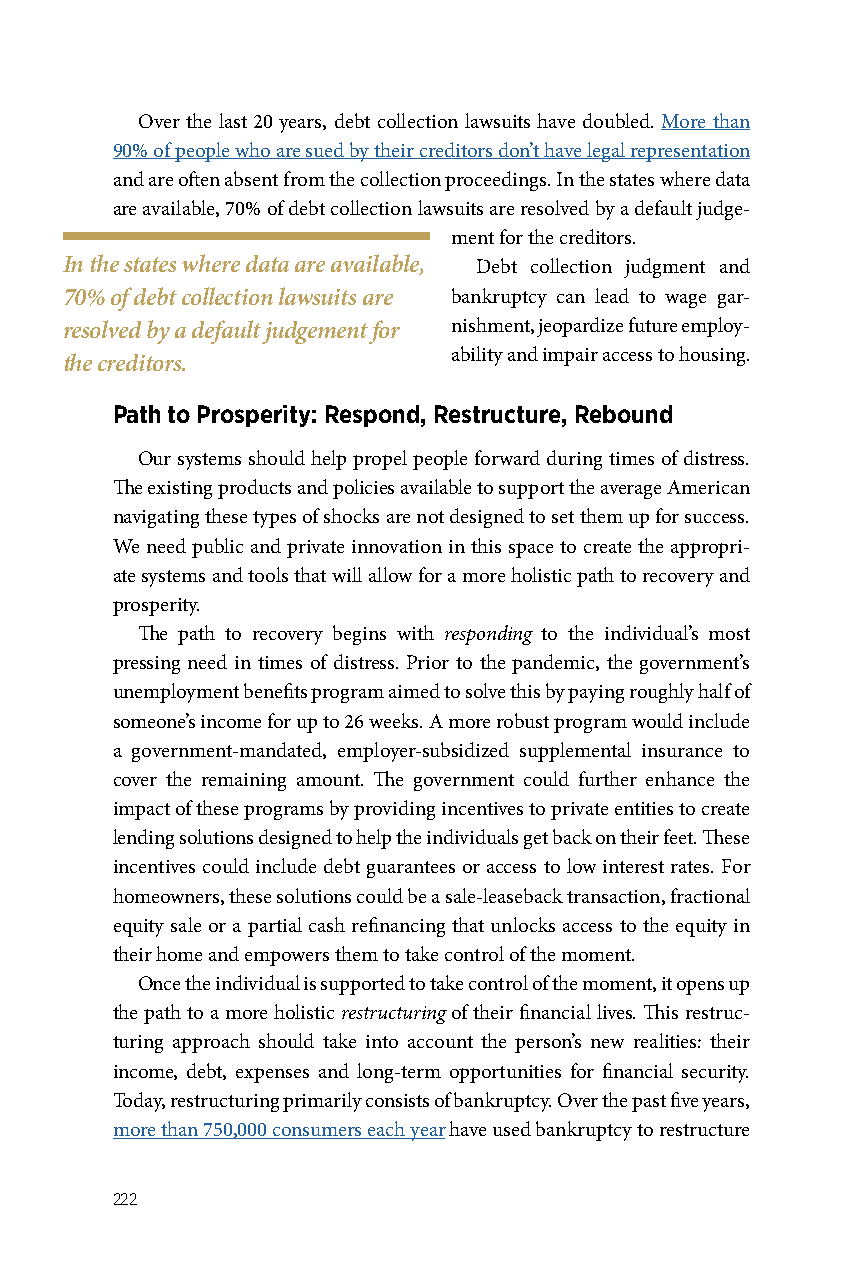
Over the last 20 years, debt collection lawsuits have doubled. More than
 90% of people who are sued by their creditors don’t have legal representation
 and are often absent from the collection proceedings. In the states where data
 are available, 70% of debt collection lawsuits are resolved by a default judge-
 ment for the creditors.
 In the states where data are available, Debt collection judgment and
 70% of debt collection lawsuits are bankruptcy can lead to wage gar-
 resolved by a default judgement for nishment, jeopardize future employ-
 ability and impair access to housing.
 the creditors.
 Path to Prosperity: Respond, Restructure, Rebound
 Our systems should help propel people forward during times of distress.
 The existing products and policies available to support the average American
 navigating these types of shocks are not designed to set them up for success.
 We need public and private innovation in this space to create the appropri-
 ate systems and tools that will allow for a more holistic path to recovery and
 prosperity.
 The path to recovery begins with responding to the individual’s most
 pressing need in times of distress. Prior to the pandemic, the government’s
 unemployment benefits program aimed to solve this by paying roughly half of
 someone’s income for up to 26 weeks. A more robust program would include
 a government-mandated, employer-subsidized supplemental insurance to
 cover the remaining amount. The government could further enhance the
 impact of these programs by providing incentives to private entities to create
 lending solutions designed to help the individuals get back on their feet. These
 incentives could include debt guarantees or access to low interest rates. For
 homeowners, these solutions could be a sale-leaseback transaction, fractional
 equity sale or a partial cash refinancing that unlocks access to the equity in
 their home and empowers them to take control of the moment.
 Once the individual is supported to take control of the moment, it opens up
 the path to a more holistic restructuring of their financial lives. This restruc-
 turing approach should take into account the person’s new realities: their
 income, debt, expenses and long-term opportunities for financial security.
 Today, restructuring primarily consists of bankruptcy. Over the past five years,
 more than 750,000 consumers each year have used bankruptcy to restructure
 222